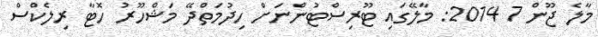
މާލެ ޖޫން 7 2014: މާލޭގައި ޓޫރިސްޓުންނަށް ހިދުމަތްދޭ މަޝްހޫރު ހޮޓާ ރިލެކްސް